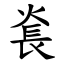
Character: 㷃